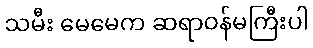
သမီး မေမေက ဆရာဝန်မကြီးပါ